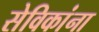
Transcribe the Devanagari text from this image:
सेविकांना